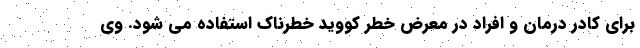
برای کادر درمان و افراد در معرض خطر کووید خطرناک استفاده می شود. وی